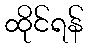
ထိုင်ရန်